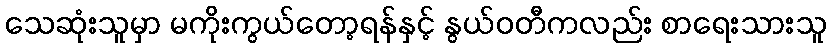
သေဆုံးသူမှာ မကိုးကွယ်တော့ရန်နှင့် နွယ်ဝတီကလည်း စာရေးသားသူ